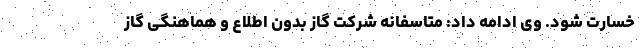
خسارت شود. وی ادامه داد: متاسفانه شرکت گاز بدون اطلاع و هماهنگی گاز